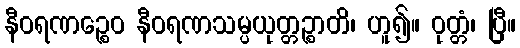
နီဝရဏဉ္စေဝ နီဝရဏသမ္ပယုတ္တဉ္စာတိ၊ ဟူ၍။ ဝုတ္တံ၊ ပြီ။